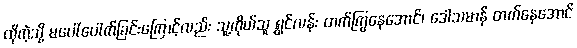
ထိုကဲ့သို့ မပေါ်ပေါက်ခြင်းကြောင့်လည်း သူ့ကိုယ်သူ ရွှင်လန်း တက်ကြွနေအောင်၊ ဒေါသမာန် တက်နေအောင်